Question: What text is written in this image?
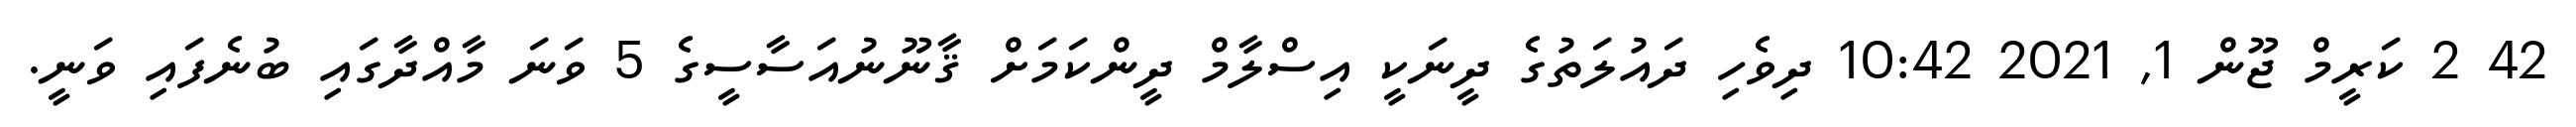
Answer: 42 2 ކަރީމް ޖޫން 1, 2021 10:42 ދިވެހި ދައުލަތުގެ ދީނަކީ އިސްލާމް ދީންކަމަށް ޤާނޫނުއަސާސީގެ 5 ވަނަ މާއްދާގައި ބުނެފައި ވަނީ.